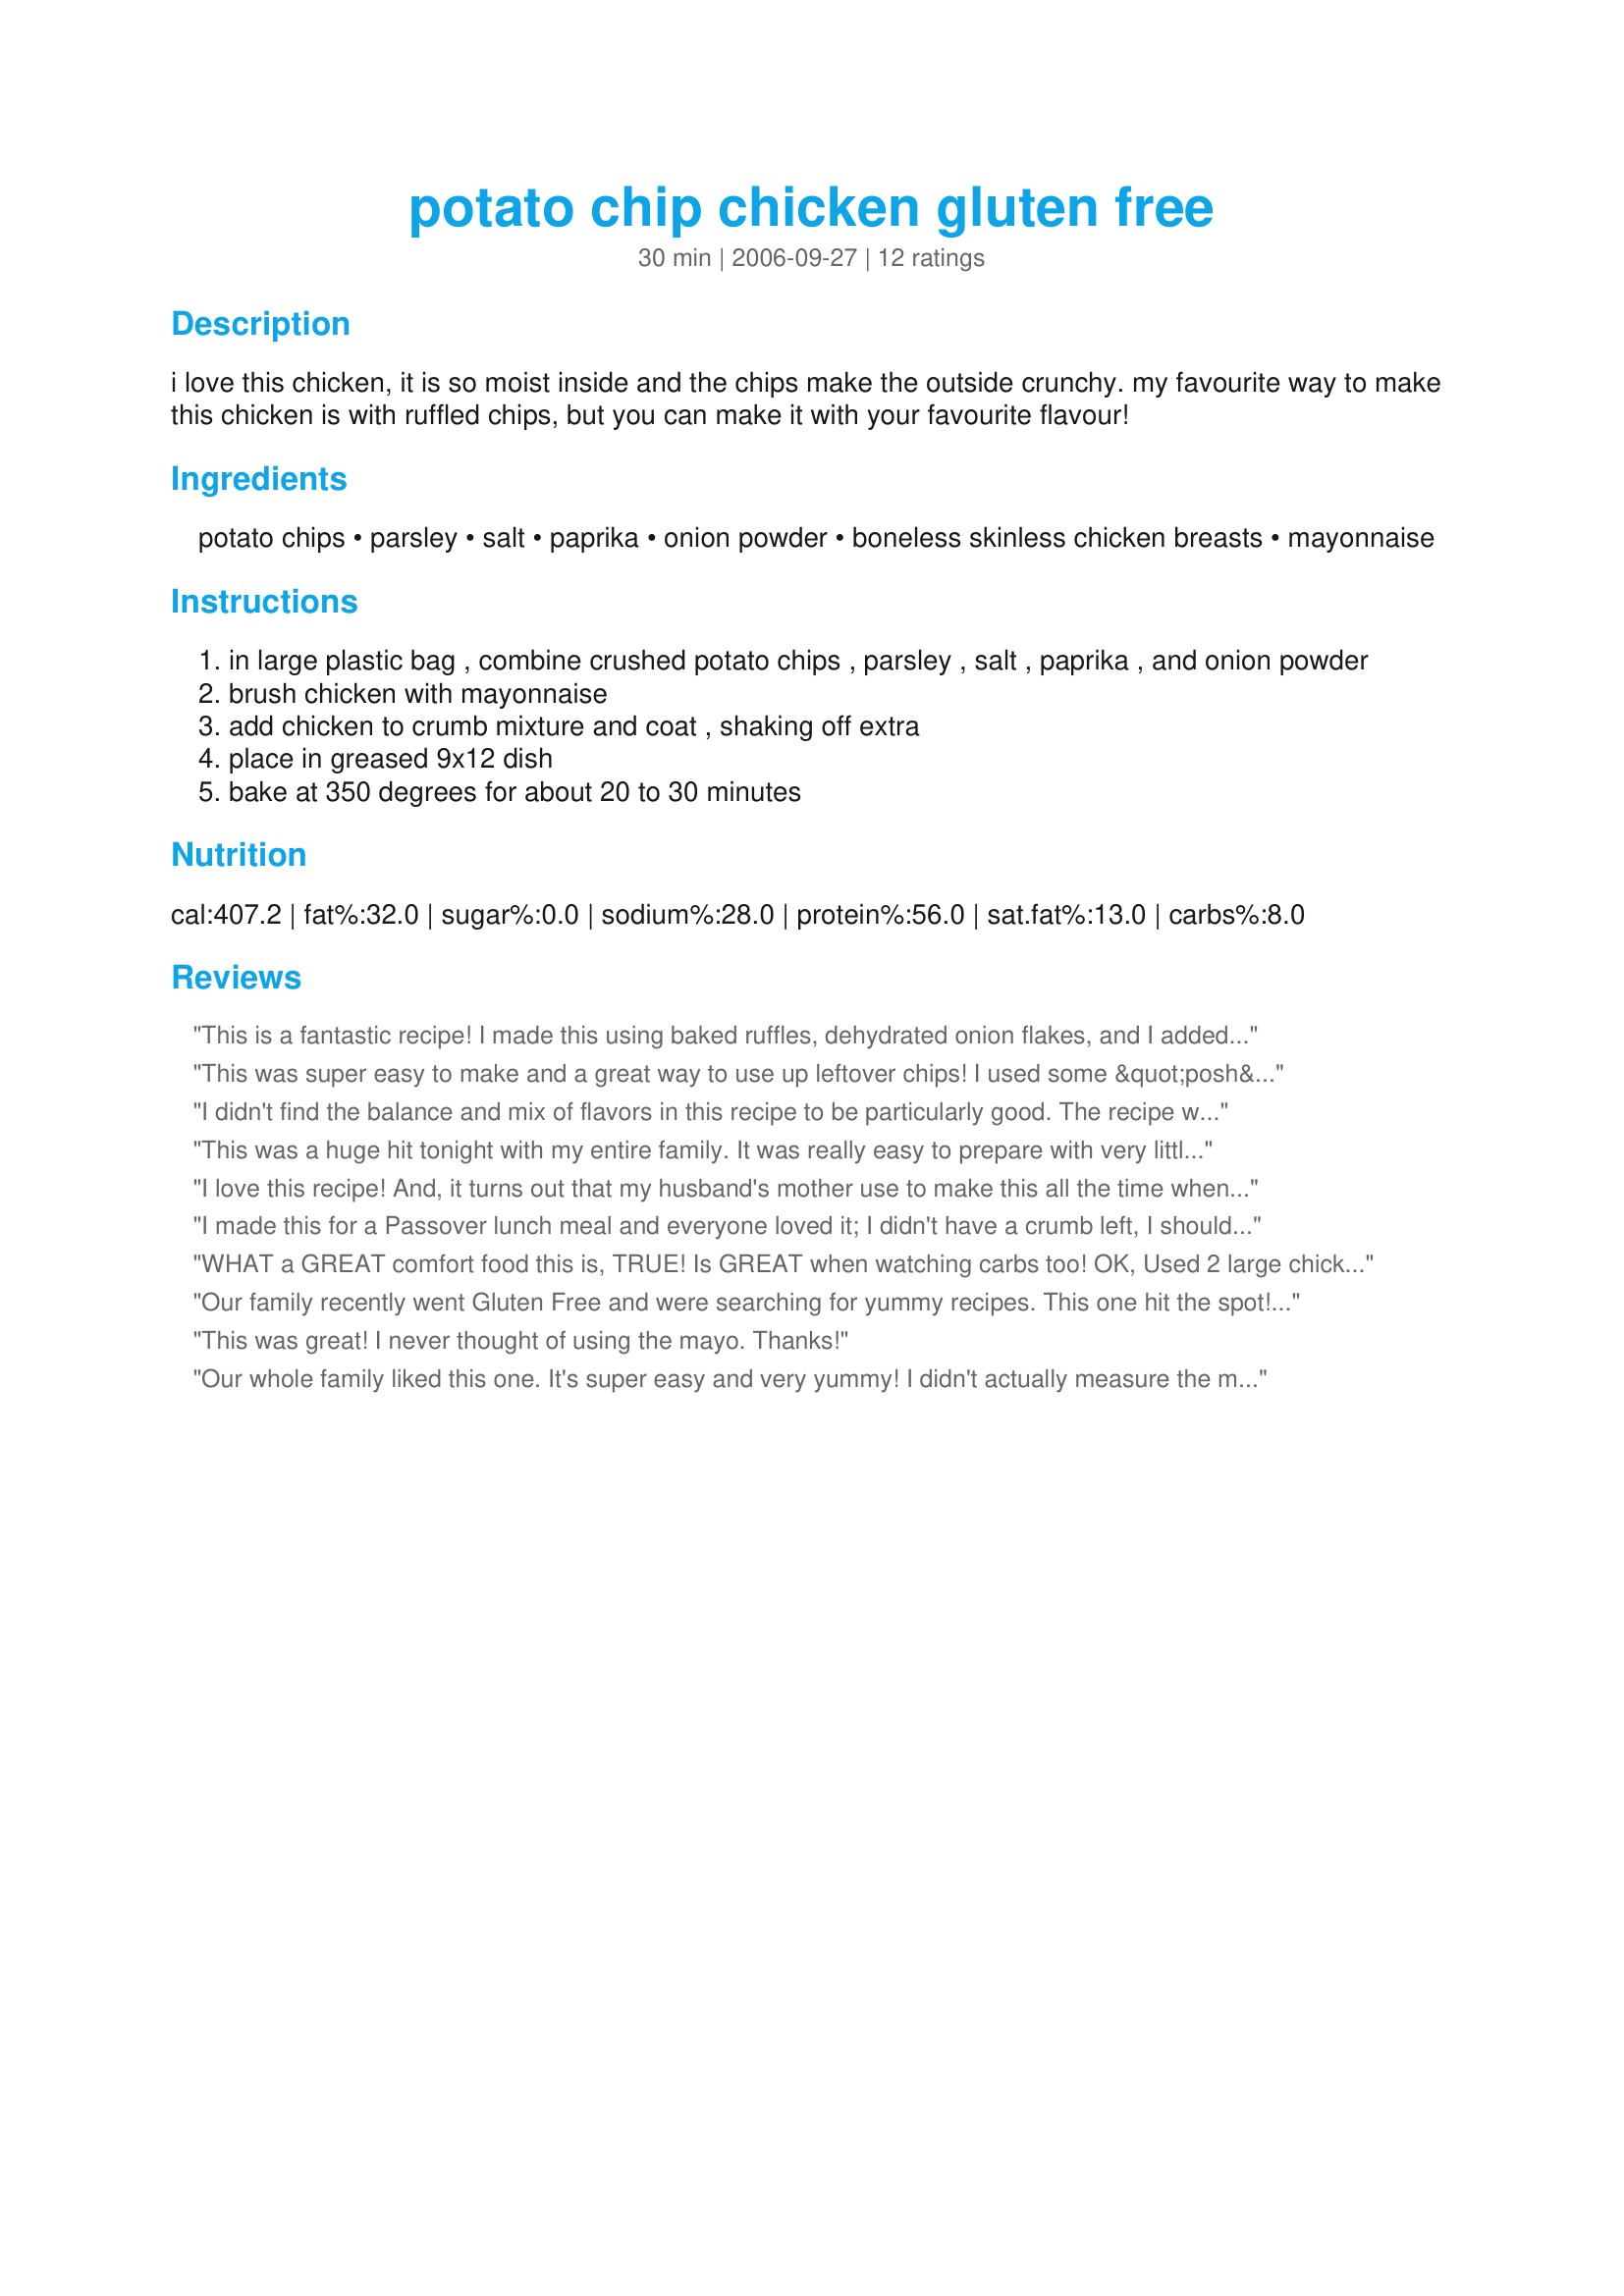
potato chip chicken gluten free
Preparation time: 30 minutes

i love this chicken, it is so moist inside and the chips make the outside crunchy. my favourite way to make this chicken is with ruffled chips, but you can make it with your favourite flavour!

Ingredients:
potato chips, parsley, salt, paprika, onion powder, boneless skinless chicken breasts, mayonnaise

Steps:
in large plastic bag , combine crushed potato chips , parsley , salt , paprika , and onion powder
brush chicken with mayonnaise
add chicken to crumb mixture and coat , shaking off extra
place in greased 9x12 dish
bake at 350 degrees for about 20 to 30 minutes

Reviews:
This is a fantastic recipe!
I made this using baked ruffles, dehydrated onion flakes, and I added 1/4 tsp of garlic powder. I love that the coating was nice and crunchy (which is something that I've missed since going GF). I will definitely be making this again
This was super easy to make and a great way to use up leftover chips! I used some &quot;posh&quot; chips which were extra crunchy, with all the seasoning these turned out really well. The chicken was succulent and the coating stayed crispy. A lovely, quick meal idea for the week!
I didn't find the balance and mix of flavors in this recipe to be particularly good. The recipe works well, but the parsley and paprika just are not good together like this to me. Also, the chips have plenty of salt on their own as other reviewers have noted. My boyfriend likes this recipe a lot more than I do... I'll try to alter it to both of our tastes. Thanks for posting!
This was a huge hit tonight with my entire family. It was really easy to prepare with very little mess to clean up. The chicken turned out very moist on the inside and crunchy on the outside. Everyone agrees they want me to make this one again. It's nice to have a gluten free recipe that my family will eat. Excellent!
I love this recipe! And, it turns out that my husband's mother use to make this all the time when he was little, so it brought back warm memories for him!
I also tried this using pork chops instead of chicken. Had to cook it for about an hour. Delicious!
I made this for a Passover lunch meal and everyone loved it; I didn't have a crumb left, I should have made more!
WHAT a GREAT comfort food this is, TRUE!
Is GREAT when watching carbs too!
OK, Used 2 large chicken breasts, vut tenderloins off today!
Then cut pieced in half, making things easier for me is MY WAY! lol
Used almost two tablespoons mayo, 1 cup chips for two!
I did that "Shake and Bake" things so coated both sides too!
VERY quick, easy to make,
Essentially has the CRUNCH of an easy, good bake!
THANKS!
No need to add salt as salt is in the chips and herbs, TRUE!
Turned chicken over half way through!
Took 25 minutes and then they were done!
Actually have to say eating this was FUN!
Our family recently went Gluten Free and were searching for yummy recipes. This one hit the spot!
We didn't have any parsley, but substituted Italian Seasoning and it was delicious. Thanks for sharing.
This was great! I never thought of using the mayo. Thanks!
Our whole family liked this one. It's super easy and very yummy! I didn't actually measure the mayo and probably ended up using more than called for, but it turned out fine. The chicken wasn't quite all the way thawed so I had to bump up the time to about 45 minutes to get it cooked through. This was a great way to have crusted chicken. Our family is GF and corn free so it's somewhat of a challenge to find crispy coatings. This was a nice one.
Absolutely delish! We used 6 boneless/skinless thighs instead of breasts - just happened to be what was in the fridge. The recipe doesn't specify if fresh or dry parsley is suggested - I just picked up a bunch of fresh and it smelled fabulous so it had to be used. This is definitely a recipe we'll be repeating and passing on to friends!
Simple and delicious. My girlfriend loved it and asked me to cook it again.
